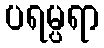
ပရမ္ပရာ